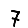
Digit: 7